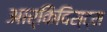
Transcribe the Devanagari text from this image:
आर्किविस्ट्स